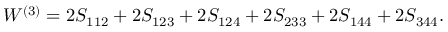
{ \cal W } ^ { ( 3 ) } = 2 S _ { 1 1 2 } + 2 S _ { 1 2 3 } + 2 S _ { 1 2 4 } + 2 S _ { 2 3 3 } + 2 S _ { 1 4 4 } + 2 S _ { 3 4 4 } .